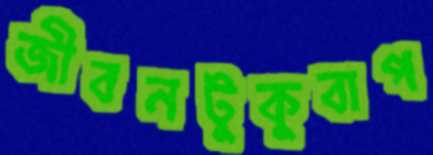
জীবনটুকুবাপ